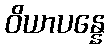
ဝိယာပန္နေ